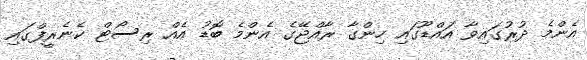
އެންމެ ދުރުގައިވާ އައްޑޫގައި ހިންގާ ރާއްޖޭގެ އެންމެ ބޮޑު އެއް ރިސޯޓް ކެނެރީފްގައި